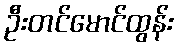
ဦးတင်မောင်ထွန်း